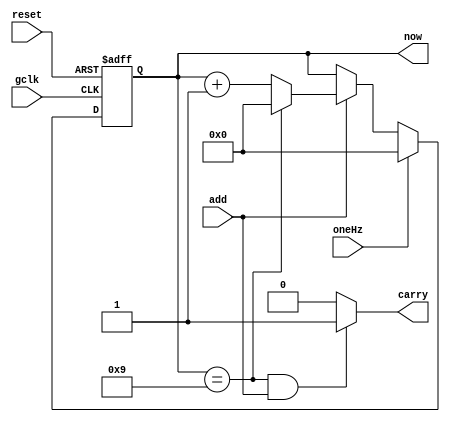
`timescale 1ns/1ns

module bcd_counter(
	input gclk,
	input reset,
	input oneHz,
	input add, 
	output reg [3:0] now,
	output reg carry
);
	
	always@(posedge gclk,negedge reset)begin
		if(!reset ) now <= 4'h0;
		else if(oneHz) now <= 4'h0;
		else if(add)begin
			if(now == 4'd9) now <= 4'h0;
			else now <= now + 4'h1;
		end 
		else begin
			now <= now;
		end
	end
	
	always@(*)begin
		if(now == 4'd9 && add) carry = 1'b1;
		else carry = 1'b0;
	end
	
endmodule